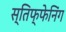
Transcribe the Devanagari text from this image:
स्तिफ्फेनिंग